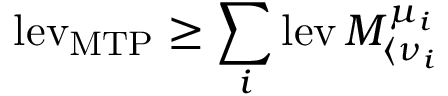
\operatorname { l e v } _ { \mathrm { M T P } } \ge \sum _ { i } \operatorname { l e v } M _ { \langle \nu _ { i } } ^ { \mu _ { i } }